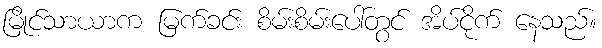
မြိုင်သာယာက မြက်ခင်း စိမ်းစိမ်းပေါ်တွင် အိပ်ငိုက် နေသည်။